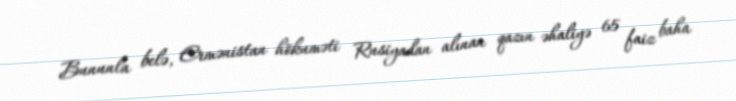
Bununla belə, Ermənistan hökuməti Rusiyadan alınan qazın əhaliyə 65 faiz baha